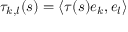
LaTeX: \tau _ { k , l } ( s ) = \langle \tau ( s ) e _ { k } , e _ { l } \rangle